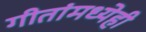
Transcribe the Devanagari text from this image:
गीतांमध्येही